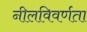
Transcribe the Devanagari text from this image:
नीलविवर्णता